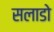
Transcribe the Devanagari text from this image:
सलाडो